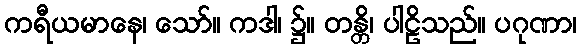
ကရီယမာနေ၊ သော်။ ကဒါ၊ ၌။ တန္တိ၊ ပါဠိသည်။ ပဂုဏာ၊